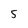
Character: s